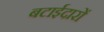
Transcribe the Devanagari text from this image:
बटाईदारों